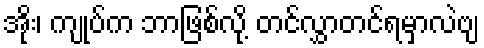
အိုး၊ ကျုပ်က ဘာဖြစ်လို့ တင်လွှာတင်ရမှာလဲဗျ